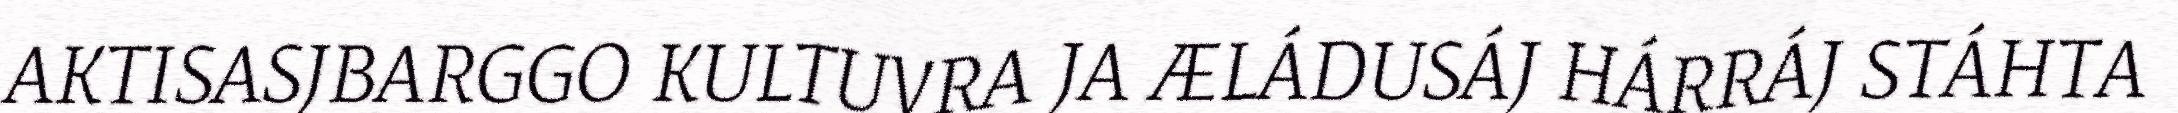
AKTISASJBARGGO KULTUVRA JA ÆLÁDUSÁJ HÁRRÁJ STÁHTA